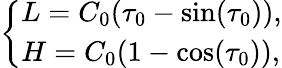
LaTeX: \left\{ {\begin{array}{l}{L=C_{0}(\tau_{0}-\sin(\tau_{0})),}\\ {H=C_{0}(1-\cos(\tau_{0})),}\end{array}}\right.